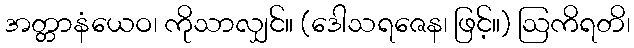
အတ္တာနံယေဝ၊ ကိုသာလျှင်။ (ဒေါသရဇေန၊ ဖြင့်။) ဩကိရတိ၊